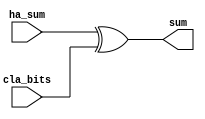
`timescale 1ns / 1ps

module add_4_xor(input [3:0] ha_sum, input [4:0] cla_bits, output [4:0] sum);
    assign sum = {1'b0, ha_sum} ^ cla_bits;
endmodule